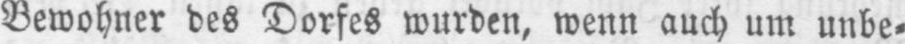
Bewohner des Dorfes wurden, wenn auch um unbe⸗